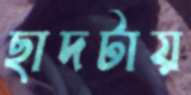
ছাদটায়